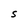
Character: S